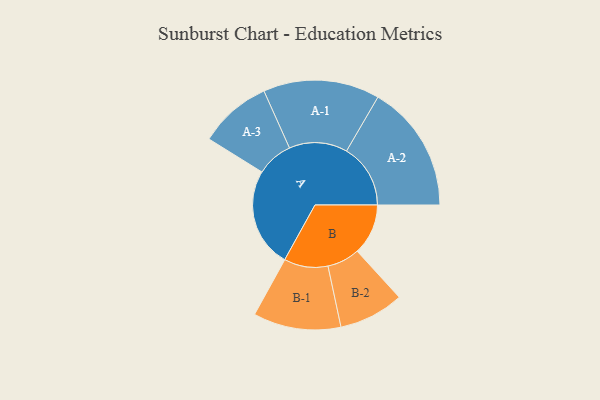
{"axis": {"x": "Segment", "y": "Value"}, "legend": ["", "A", "B"], "data": [{"x": "A", "y": 465, "type": ""}, {"x": "B", "y": 238, "type": ""}, {"x": "A-1", "y": 272, "type": "A"}, {"x": "A-2", "y": 299, "type": "A"}, {"x": "A-3", "y": 170, "type": "A"}, {"x": "B-1", "y": 205, "type": "B"}, {"x": "B-2", "y": 152, "type": "B"}]}